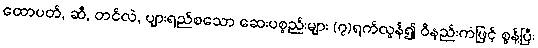
ထောပတ်, ဆီ, တင်လဲ, ပျားရည်စသော ဆေးပစ္စည်းများ (၇)ရက်လွန်၍ ဝိနည်းကံဖြင့် စွန့်ပြီး